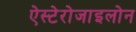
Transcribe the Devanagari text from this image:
ऐस्टेरोजाइलोन